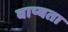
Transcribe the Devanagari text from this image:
वाप्यता